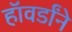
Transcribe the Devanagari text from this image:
हॉवर्डांने